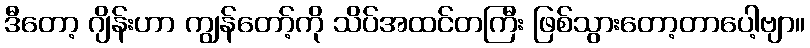
ဒီတော့ ဂျိန်းဟာ ကျွန်တော့်ကို သိပ်အထင်တကြီး ဖြစ်သွားတော့တာပေါ့ဗျာ။